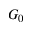
G _ { 0 }